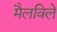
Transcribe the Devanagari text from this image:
मैलविले